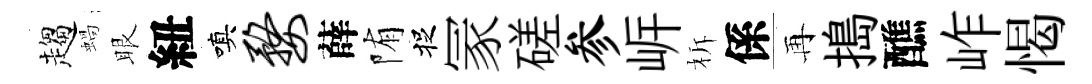
趨蝸眼紐嗔婺薛陏捉冡磋参㟁柝係再搗醮岞愒